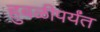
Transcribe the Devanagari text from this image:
हुबळीपर्यंत